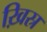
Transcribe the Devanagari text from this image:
ख़िस्र